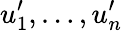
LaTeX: u_{1}^{\prime},\ldots,u_{n}^{\prime}